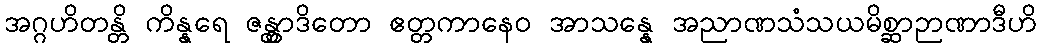
အဂ္ဂဟိတန္တိ ကိန္နရေ ဇန္တွာဒိတော ဧတ္တကာနေဝ အာသန္နေ အညာဏသံသယမိစ္ဆာဉာဏာဒီဟိ